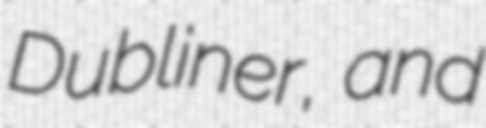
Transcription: Dubliner, and